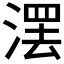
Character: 𣺽